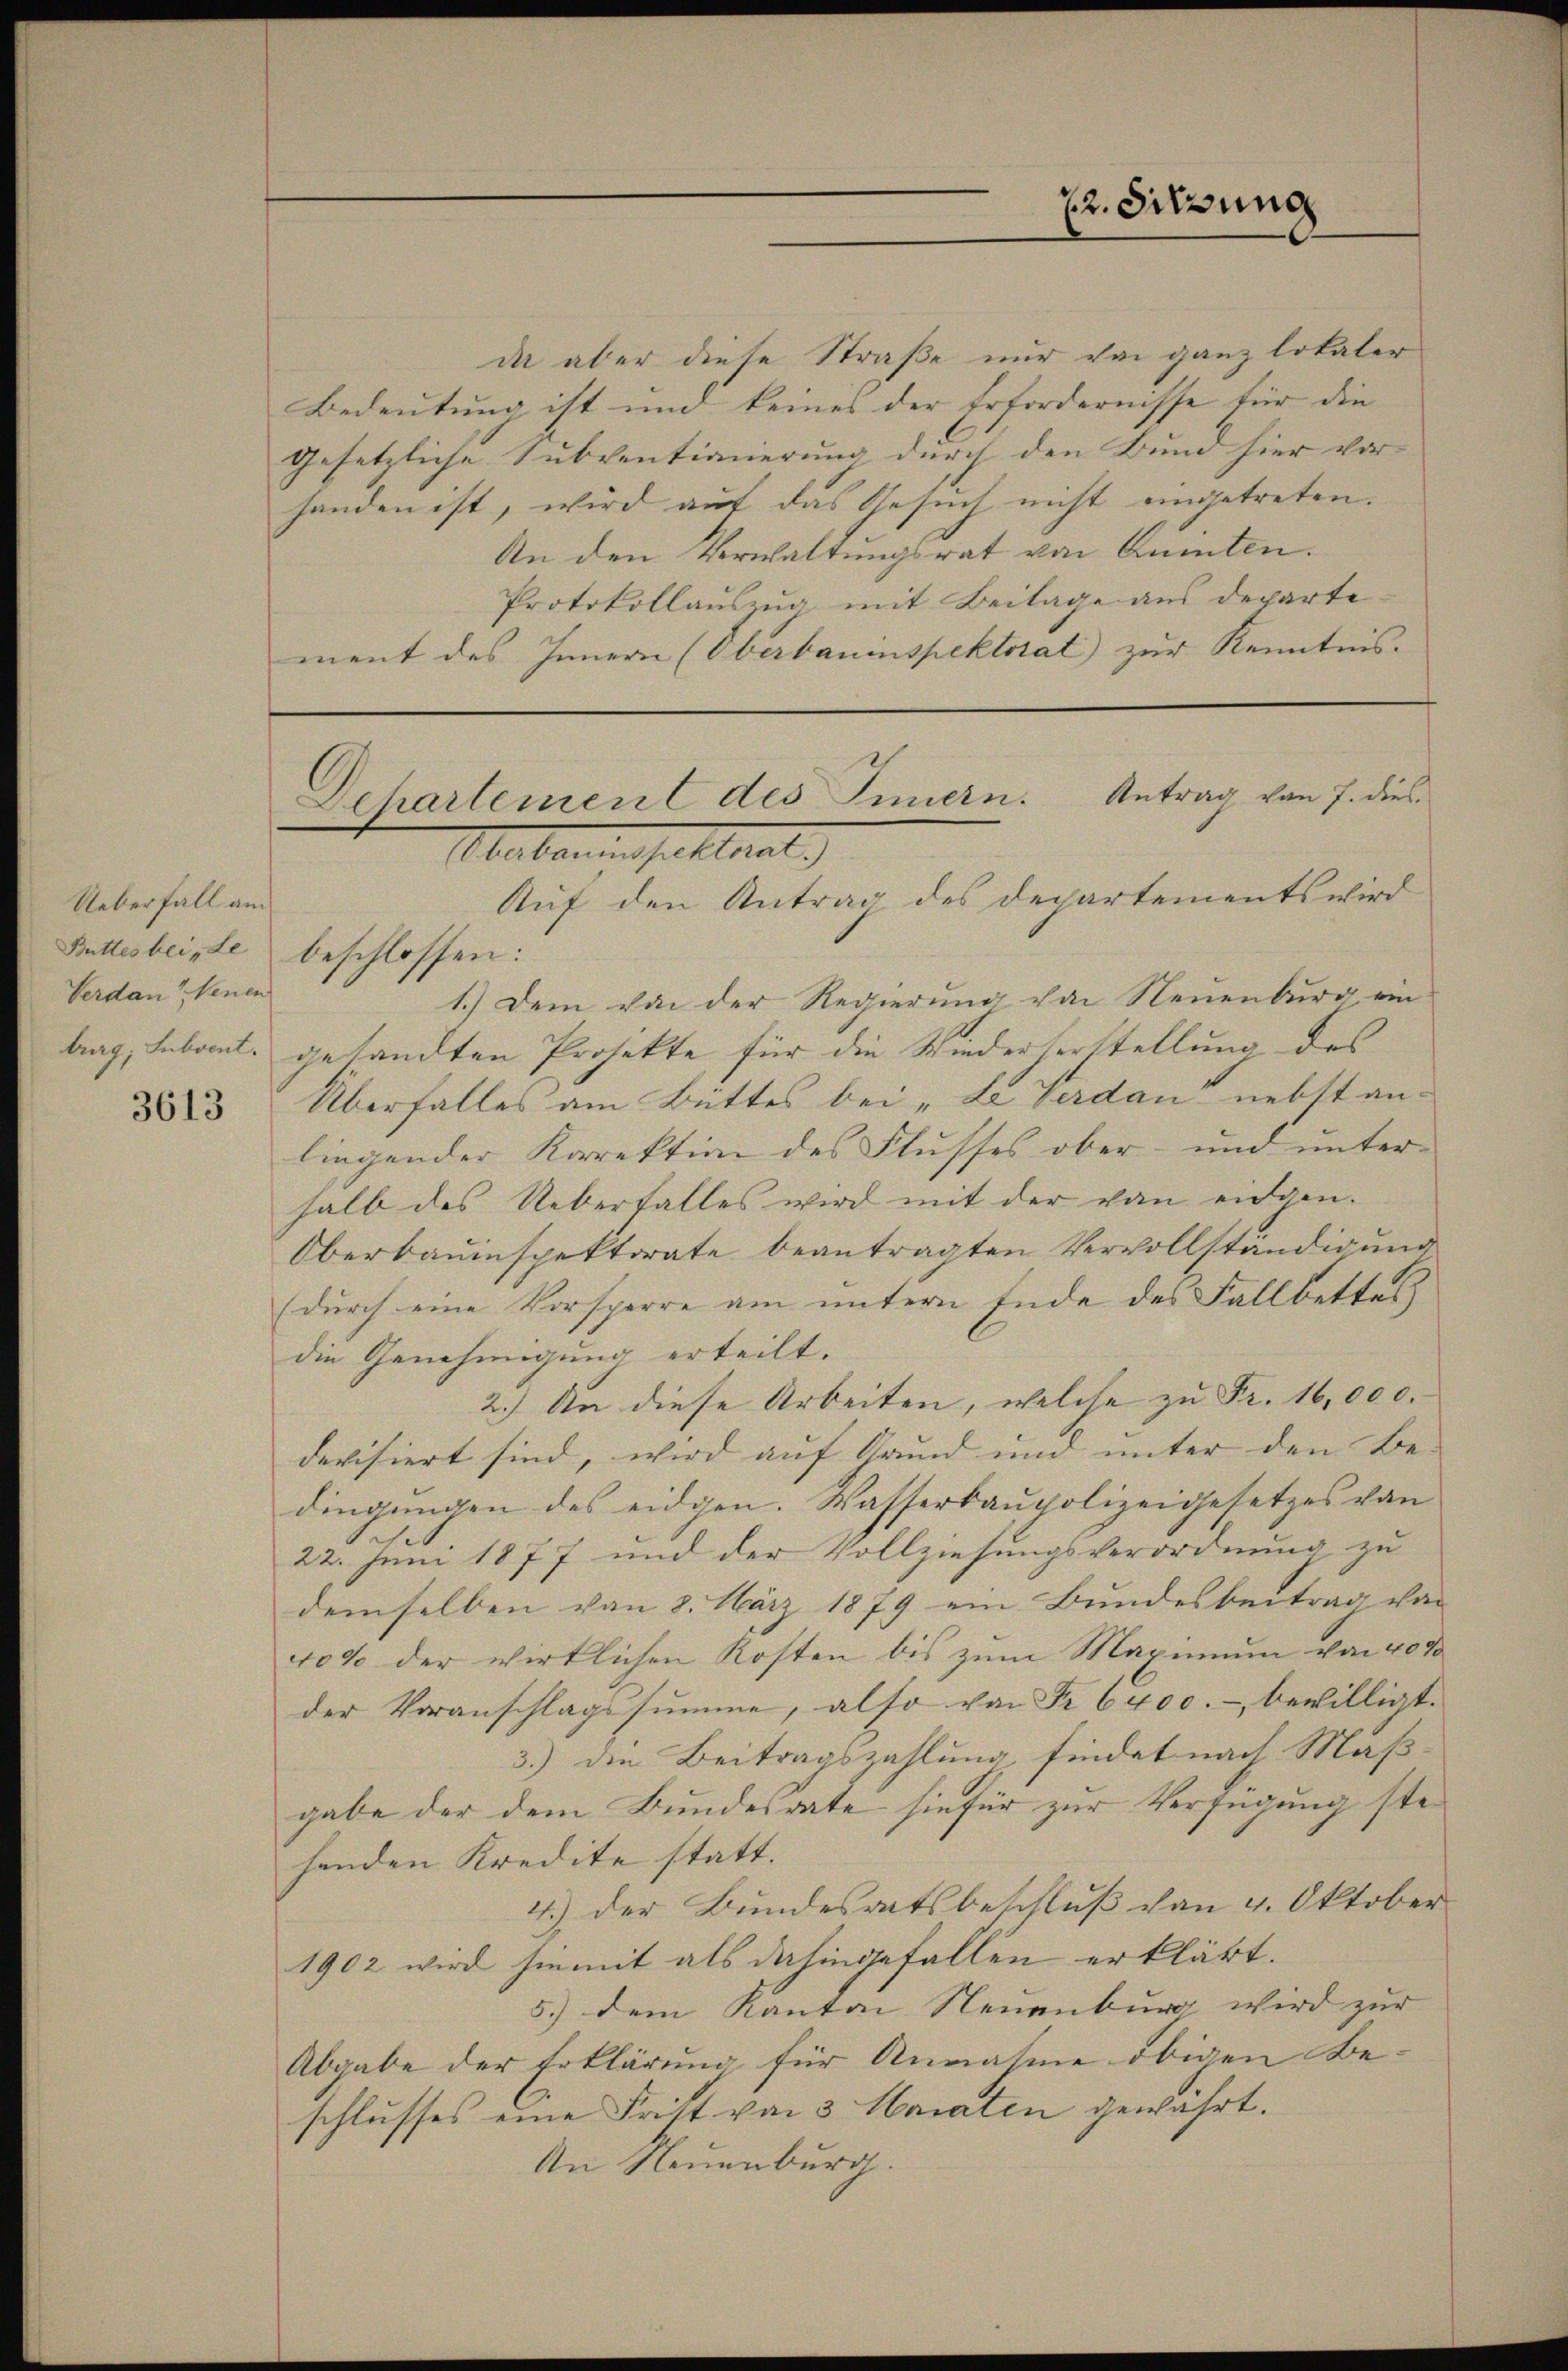
Ueberfall am
Verdankenen

3613

da aber diese Straße nur von ganz lokaler
Bedeutung ist und keines der Erfordernisse für die
gesetzliche Subventinnerung durch den Bund hier vor- |
handen ist, wird auf das Gesuch nicht eingetreten.
An den Verwaltungsrat von Aemten.
Protokollauszug mit Beilage aus departement des Innern (Oberbauinspektorat) zur Kenntnis.

22. Sitzung

Dehartement des Innern. Antrag von 7. dies
Materien fallent.)
Auf den Antrag des Departements wird

Buttesbeite beschlossen:
1.) Dem von der Regierung von Neuenburg ein
trag, Lebaut, gesandten Projekte für die Wiederverstellung des
Überfalles am Büttes bei „Le Verdan nebst an-
liegender Korrektion des Flusses ober- und unter-
halb des Ueberfalles wird mit der von eidgen.
Oberbauinspektorate beantragten Vervollständigung
(durch eine Vorsperre am untern Ende des Fallbettes
die Genehmigung erteilt.
2.) An diese Arbeiten, welche zu Fr. 16,000.
devisiert sind, wird auf Grund und unter den Be- |
dingungen des eidgen. Wasserbaupolizeigesetzes von
22. Juni 1877 und der Vollziehungsverordnung zu
demselben von 8. März 1879 ein Bundesbeitrag von
40% der wirklichen Kosten bis zum Maximum von 4000
der Voranschlagssumme, also von Fr. 6400.- bewilligt.
3.) Die Beitragszahlung findet nach Maßgabe der dem Bundesrate hiefür zur Verfügung stehenden Kredite statt.
4.) Der Bundesratsbeschluß von 4. Oktober
1902 wird hiemit als dahingefallen erklärt.
5.) dem Kanton Neuenburg wird zur |
Abgabe der Erklärung für Annahme obigen Beschlusses eine Frist von 3 Haraten gewahrt.
An Neuenburg.